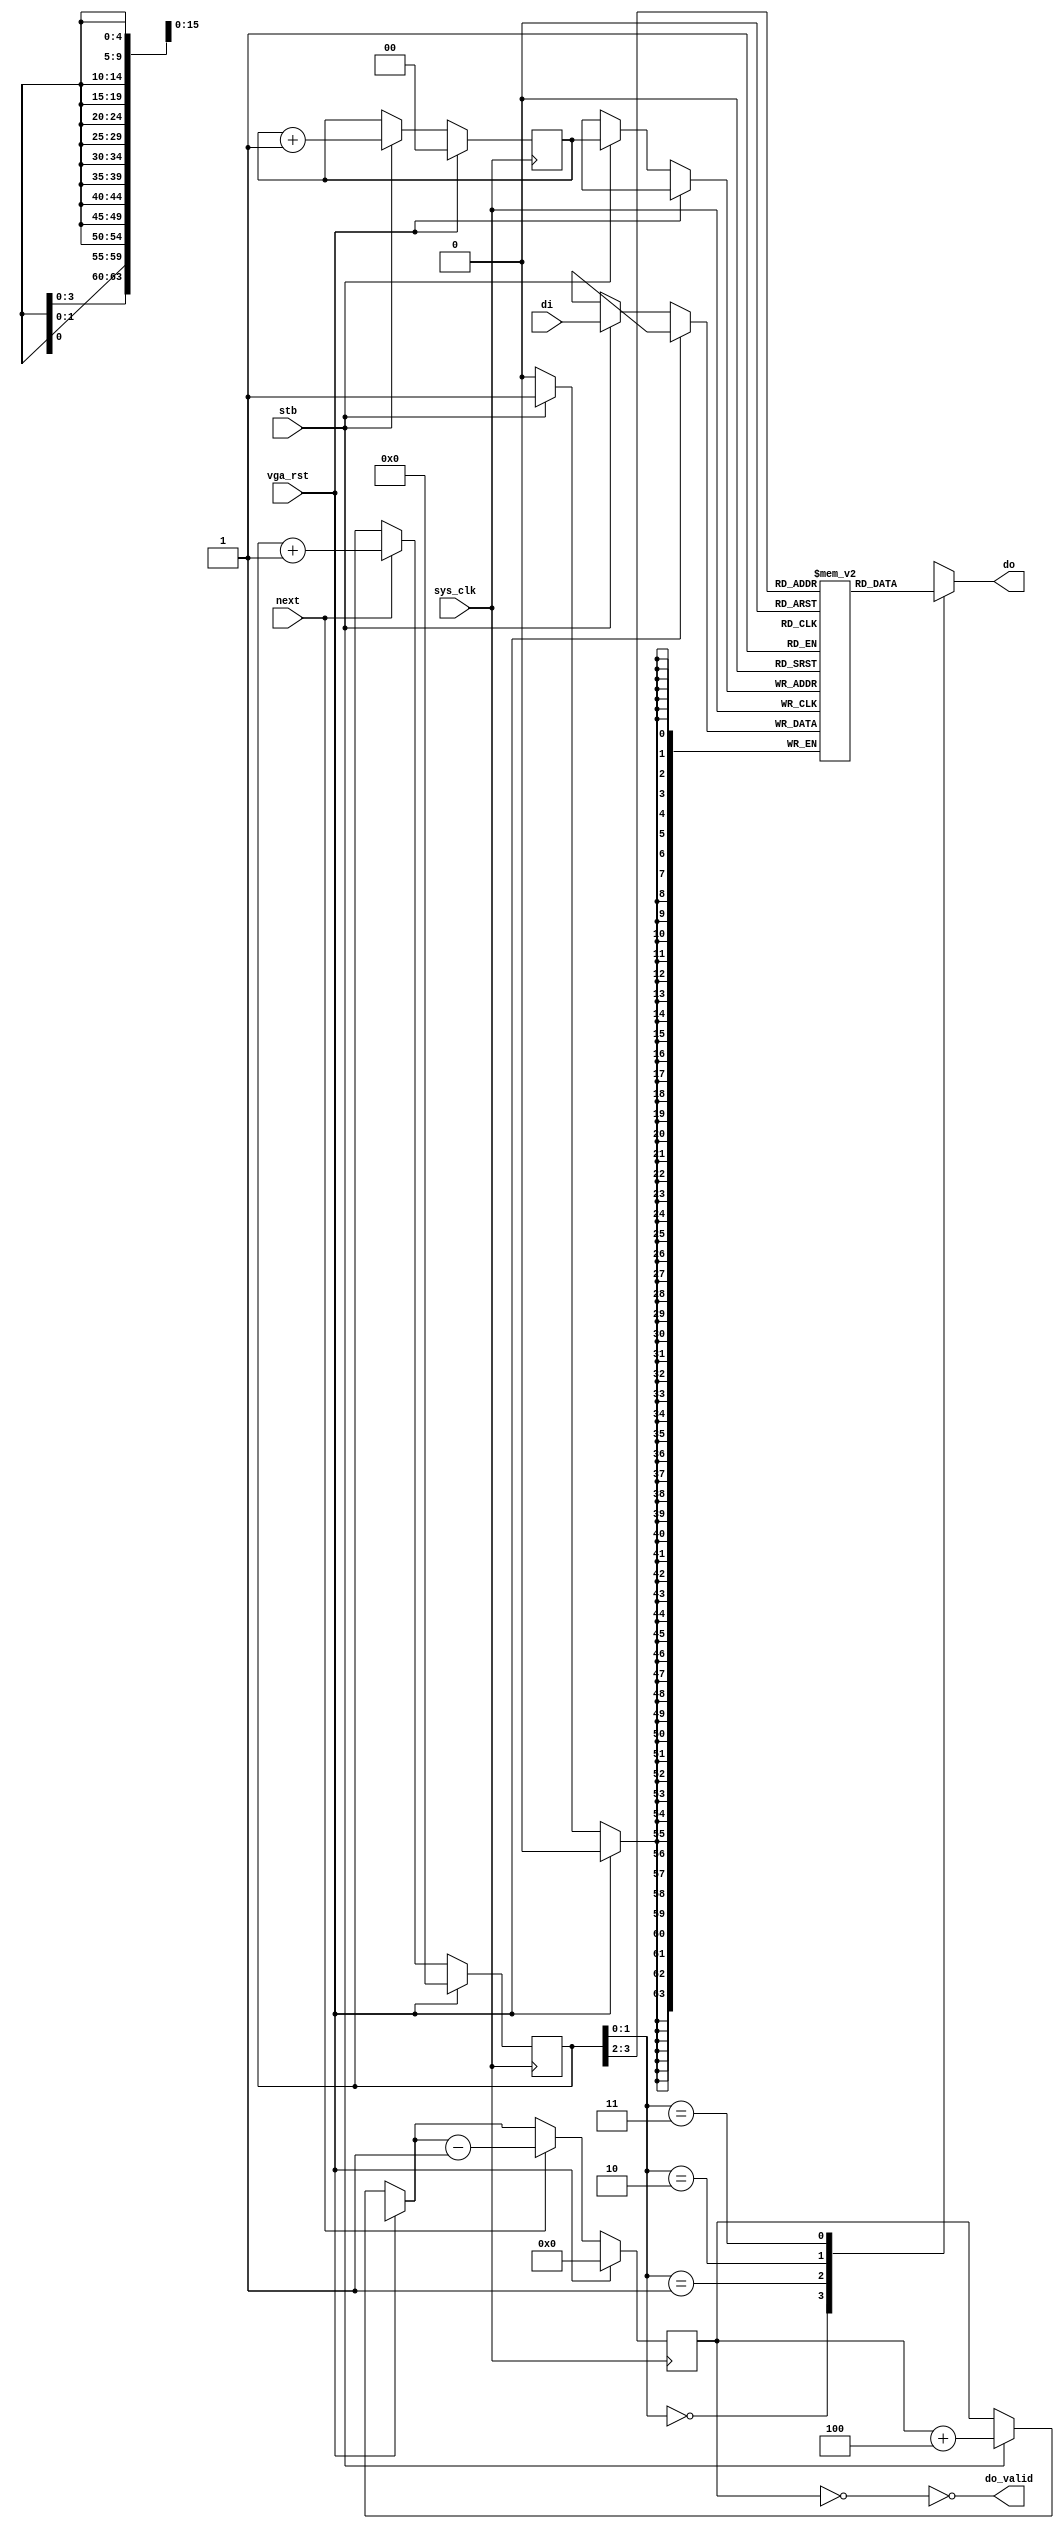
/*
 * Milkymist VJ SoC
 * Copyright (C) 2007, 2008, 2009 Sebastien Bourdeauducq
 *
 * This program is free software: you can redistribute it and/or modify
 * it under the terms of the GNU General Public License as published by
 * the Free Software Foundation, version 3 of the License.
 *
 * This program is distributed in the hope that it will be useful,
 * but WITHOUT ANY WARRANTY; without even the implied warranty of
 * MERCHANTABILITY or FITNESS FOR A PARTICULAR PURPOSE.  See the
 * GNU General Public License for more details.
 *
 * You should have received a copy of the GNU General Public License
 * along with this program.  If not, see <http://www.gnu.org/licenses/>.
 */

module vgafb_fifo64to16(
	input sys_clk,
	input vga_rst,
	
	input stb,
	input [63:0] di,
	
	output do_valid,
	output reg [15:0] do,
	input next /* should only be asserted when do_valid = 1 */
);

/*
 * FIFO can hold 4 64-bit words
 * that is 16 16-bit words.
 */

reg [63:0] storage[0:3];
reg [1:0] produce; /* in 64-bit words */
reg [3:0] consume; /* in 16-bit words */
/*
 * 16-bit words stored in the FIFO, 0-16 (17 possible values)
 */
reg [4:0] level;

wire [63:0] do64;
assign do64 = storage[consume[3:2]];

always @(*) begin
	case(consume[1:0])
		2'd0: do <= do64[63:48];
		2'd1: do <= do64[47:32];
		2'd2: do <= do64[31:16];
		2'd3: do <= do64[15:0];
	endcase
end

always @(posedge sys_clk) begin
	if(vga_rst) begin
		produce = 2'd0;
		consume = 4'd0;
		level = 5'd0;
	end else begin
		if(stb) begin
			storage[produce] = di;
			produce = produce + 2'd1;
			level = level + 5'd4;
		end
		if(next) begin /* next should only be asserted when do_valid = 1 */
			consume = consume + 4'd1;
			level = level - 5'd1;
		end
	end
end

assign do_valid = ~(level == 5'd0);

endmodule